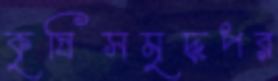
কৃষিসমৃদ্ধপর